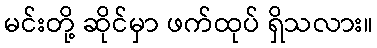
မင်းတို့ ဆိုင်မှာ ဖက်ထုပ် ရှိသလား။